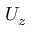
U _ { z }